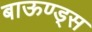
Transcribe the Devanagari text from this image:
बाऊण्ड्स